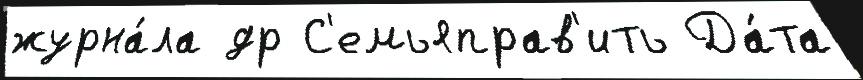
журна́ла др С'емьяправ'ить Да́та